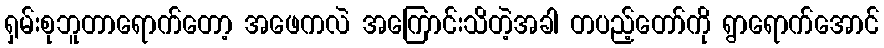
ရှမ်းစုဘူတာရောက်တော့ အဖေကလဲ အကြောင်းသိတဲ့အခါ တပည့်တော်ကို ရွာရောက်အောင်